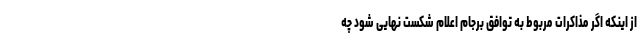
از اینکه اگر مذاکرات مربوط به توافق برجام اعلام شکست نهایی شود چه